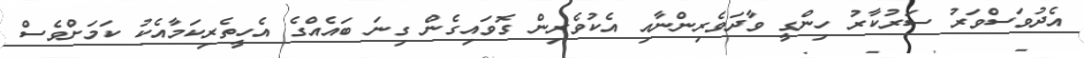
އެދުވަސްވަރު ސަރުކާރު ހިންގީ ވާދަވެރިންނާއި އެކުވެރިން ގޮވައިގެން ގިނަ ބައެއްގެ އެހީތެރިކަމާއެކު ކަމަށްވެސް